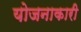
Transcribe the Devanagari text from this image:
योजनाकारी